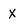
Character: x